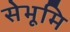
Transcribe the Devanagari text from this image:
सेभूमि